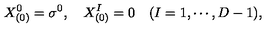
X _ { ( 0 ) } ^ { 0 } = \sigma ^ { 0 } , \quad X _ { ( 0 ) } ^ { I } = 0 \quad ( I = 1 , \cdots , D - 1 ) ,